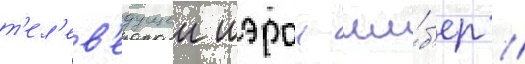
т'ел'ев'едущеи шэрон ши́б'ер //